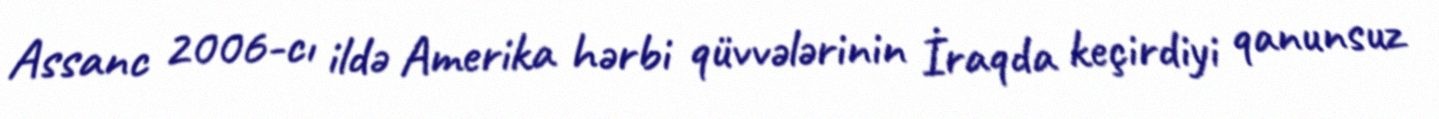
Assanc 2006-cı ildə Amerika hərbi qüvvələrinin İraqda keçirdiyi qanunsuz